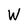
Character: W